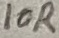
Text: 10R